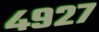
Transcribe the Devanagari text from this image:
४९२७